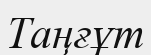
Таңғұт